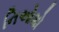
નિઓશો